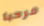
مرحبا